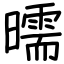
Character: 曘